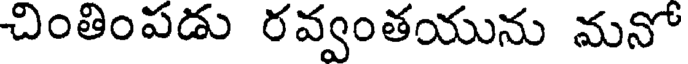
చింతింపడు రవ్వంతయును మనో